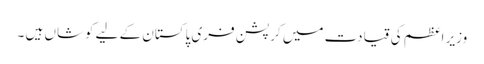
وزیر اعظم کی قیادت میں کرپشن فری پاکستان کے لیے کوشاں ہیں ۔